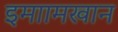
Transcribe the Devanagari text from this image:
इमाामखान